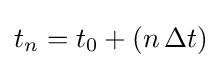
t_{n}=t_{0}+(n\,\Delta t)